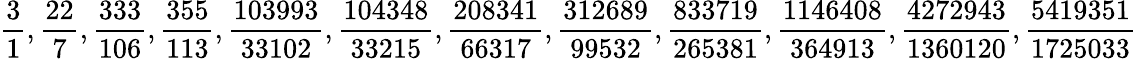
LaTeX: {\frac{3}{1}},{\frac{22}{7}},{\frac{333}{106}},{\frac{355}{113}},{\frac{103993}{33102}},{\frac{104348}{33215}},{\frac{208341}{66317}},{\frac{312689}{99532}},{\frac{833719}{265381}},{\frac{1146408}{364913}},{\frac{4272943}{1360120}},{\frac{5419351}{1725033}}